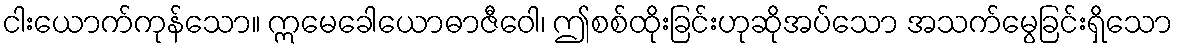
ငါးယောက်ကုန်သော။ ဣမေခေါယောဓာဇီဝေါ၊ ဤစစ်ထိုးခြင်းဟုဆိုအပ်သော အသက်မွေခြင်းရှိသော